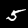
Digit: 5